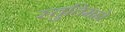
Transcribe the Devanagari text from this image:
स्तुतिमहो